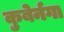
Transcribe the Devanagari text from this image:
कुबेर्नगा